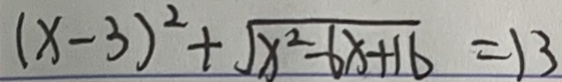
( x - 3 ) ^ { 2 } + \sqrt { x ^ { 2 } - 6 x + 1 6 } = 1 3